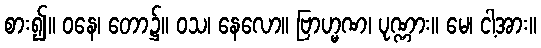
စား၍။ ဝနေ၊ တော၌။ ဝသ၊ နေလော။ ဗြာဟ္မဏ၊ ပုဏ္ဏား။ မေ၊ ငါ့အား။